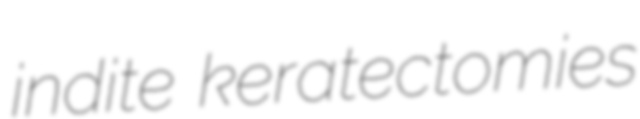
indite keratectomies